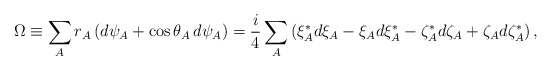
\begin{align*}\Omega\equiv \sum_A r_A\,(d\psi_A+\cos\theta_A\,d\psi_A)=\frac{i}{4}\sum_A \left(\xi_A^*d\xi_A-\xi_Ad\xi_A^*-\zeta_A^*d\zeta_A+\zeta_Ad\zeta_A^*\right), \end{align*}